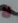
لا